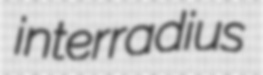
interradius